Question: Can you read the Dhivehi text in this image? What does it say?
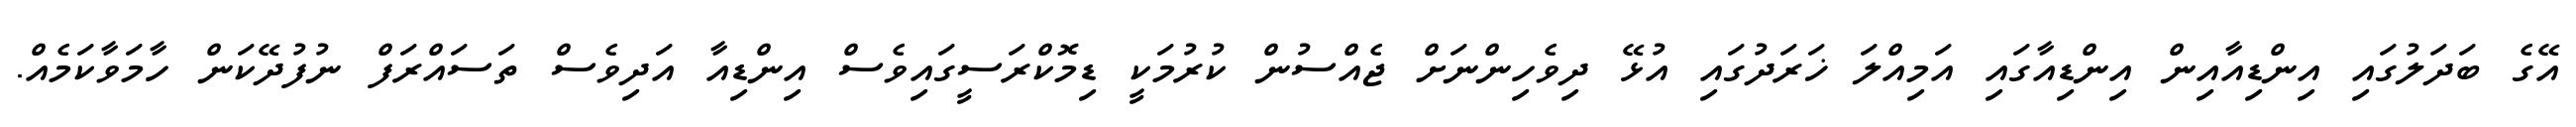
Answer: އޭގެ ބަދަލުގައި އިންޑިއާއިން އިންޑިއާގައި އަމިއްލަ ޚަރަދުގައި އުޅޭ ދިވެހިންނަށް ޖެއްސުން ކުރުމަކީ ޑިމޮކްރަސީގައިވެސް އިންޑިއާ އަދިވެސް ތަސައްރަފް ނުފުދޭކަން ހާމަވާކަމެއް.